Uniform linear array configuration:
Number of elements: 24
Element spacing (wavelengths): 0.5
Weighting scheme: hann
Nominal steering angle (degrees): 0
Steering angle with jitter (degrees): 1.854
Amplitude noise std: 0.05
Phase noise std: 0.05

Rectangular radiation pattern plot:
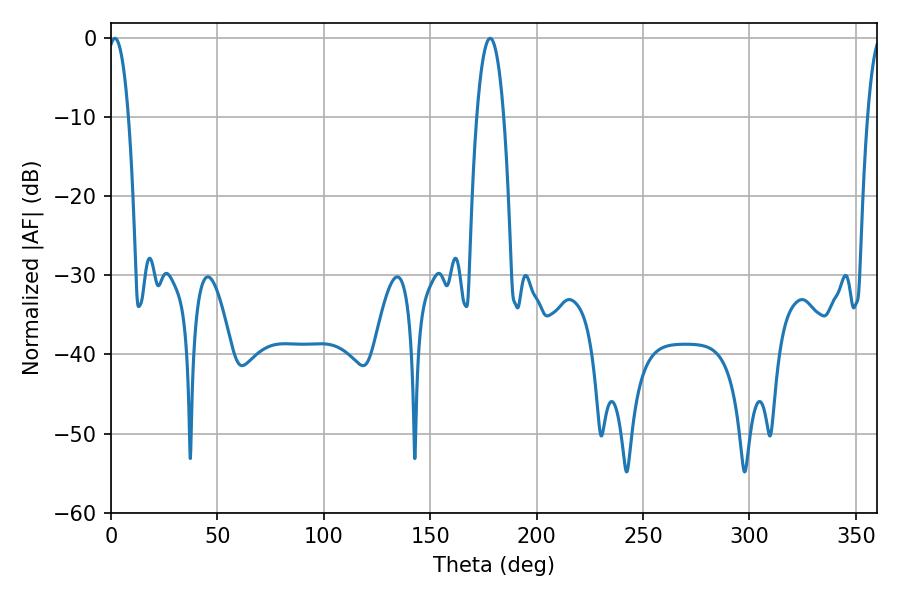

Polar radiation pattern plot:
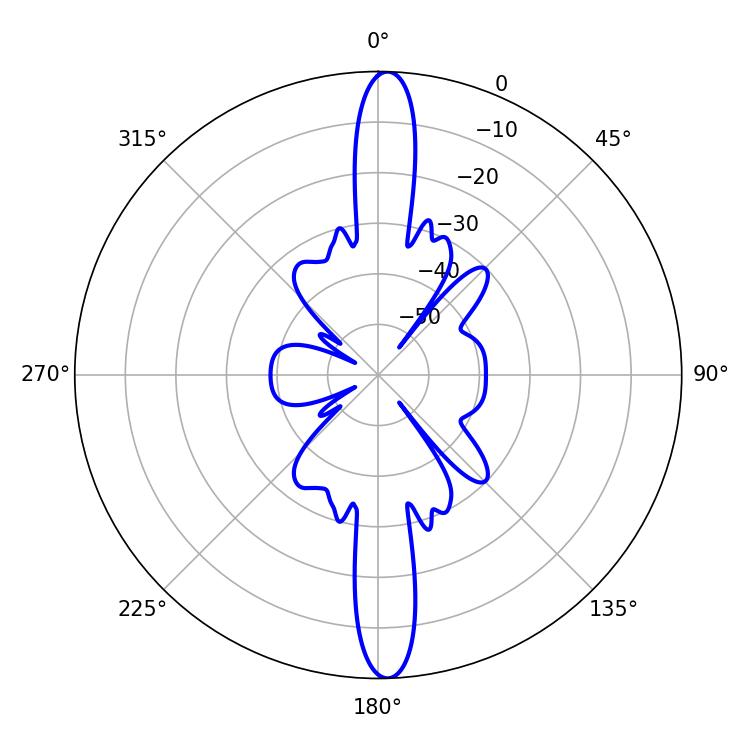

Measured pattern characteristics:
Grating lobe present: FALSE
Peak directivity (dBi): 23.614
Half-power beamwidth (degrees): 5.4
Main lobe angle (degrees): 1.8